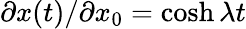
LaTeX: \partial x(t)/\partial x_{0}=\cosh\lambda t